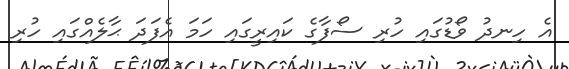
އެ ހިނދު ވޯޑުގައި ހުރި ސޯފާގެ ކައިރީގައި ހަމަ އެފަދަ ޙާލެއްގައި ހުރި